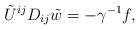
\begin{align*}\tilde U^{ij} D_{ij} \tilde w = -\gamma^{-1} f,\end{align*}